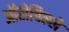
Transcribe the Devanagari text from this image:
ऑरोविल्ले